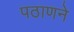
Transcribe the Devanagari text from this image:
पठाणने